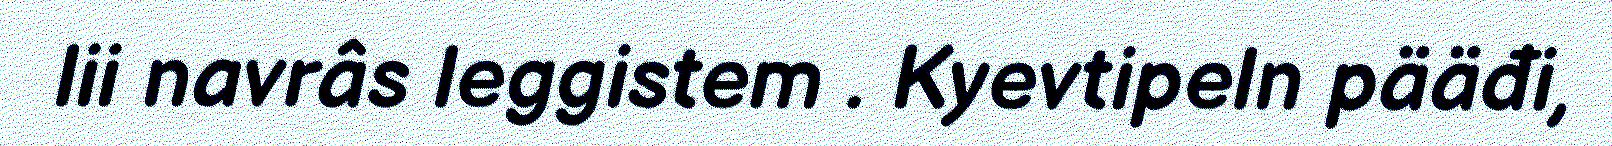
lii navrâs leggistem . Kyevtipeln pääđi,